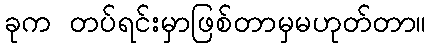
ခုက တပ်ရင်းမှာဖြစ်တာမှမဟုတ်တာ။